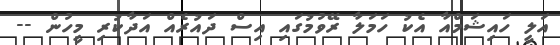
އަލީ ހައިޝަމްއާ އެކު ހަމަލާ ރޭވުމުގައި އިސް ދައުރެއް އަދާކުރި މީހުން --